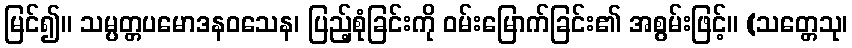
မြင်၍။ သမ္ပတ္တပမောဒနဝသေန၊ ပြည့်စုံခြင်းကို ဝမ်းမြောက်ခြင်း၏ အစွမ်းဖြင့်။ (သတ္တေသု၊